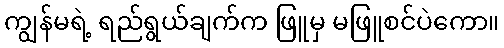
ကျွန်မရဲ့ ရည်ရွယ်ချက်က ဖြူမှ မဖြူစင်ပဲကော။